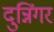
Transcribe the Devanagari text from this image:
दुन्निंगर